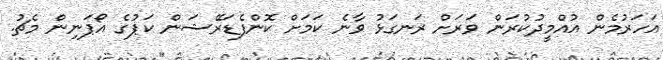
އަހަރުމެން އުއްމީދުކުރަން ވަރަށް ރަނގަޅު ވާނެ ކަމަށް ކޮންފެޑަރޭޝަން ކަޕުގެ އޯޕަނިން މެޗު.